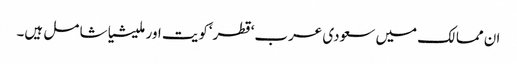
ان مما لک میں سعودی عرب‘قطر‘کویت اور ملیشیا شا مل ہیں۔